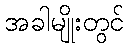
အခါမျိုးတွင်